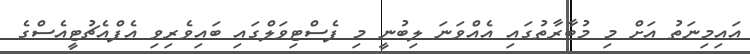
އައިމިނަތު އަށް މި މުބާރާތުގައި އެއްވަނަ ލިބުނީ މި ފެސްޓިވަލްގައި ބައިވެރިވި އެފްއެޗުޓީއެސްގެ